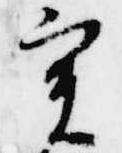
実